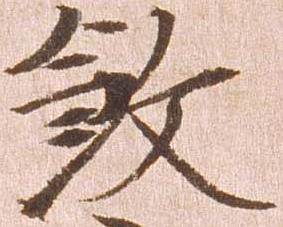
殺